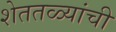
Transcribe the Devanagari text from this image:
शेततळ्यांची